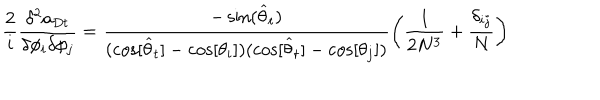
\frac { 2 } { i } \frac { \delta ^ { 2 } a _ { D t } } { \delta \phi _ { i } \delta \phi _ { j } } = \frac { - \sin ( \widehat { \theta } _ { t } ) } { ( \cos [ \widehat { \theta } _ { t } ] - \cos [ \theta _ { i } ] ) ( \cos [ \widehat { \theta } _ { t } ] - \cos [ \theta _ { j } ] ) } \left( \frac { 1 } { 2 N ^ { 3 } } + \frac { \delta _ { i j } } { N } \right)